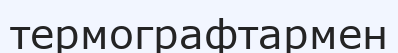
термографтармен